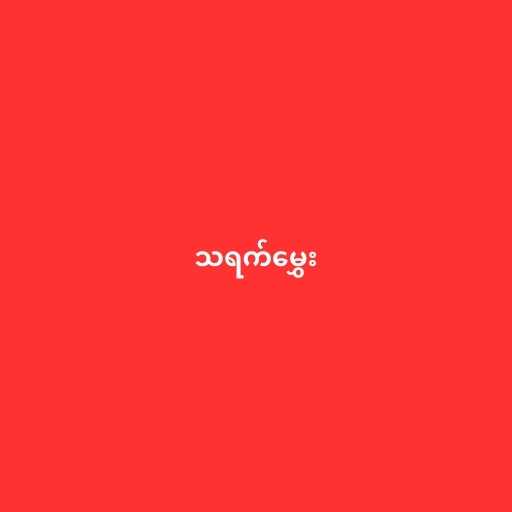
သရက်မွှေး